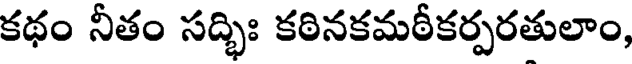
కథం నీతం సద్భిః కఠినకమఠీకర్పరతులాం,